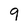
Character: 9